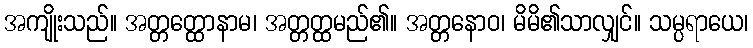
အကျိုးသည်။ အတ္တတ္ထောနာမ၊ အတ္တတ္ထမည်၏။ အတ္တနောဝ၊ မိမိ၏သာလျှင်။ သမ္ပရာယေ၊